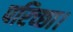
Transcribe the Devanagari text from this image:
परिच्‍छा।